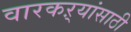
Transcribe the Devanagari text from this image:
वारकऱ्यांसाठी